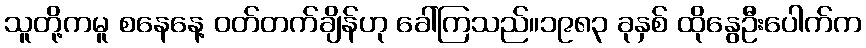
သူတို့ကမူ စနေနေ့ ဝတ်တက်ချိန်ဟု ခေါ်ကြသည်။၁၉၈၃ ခုနှစ် ထိုနွေဦးပေါက်က